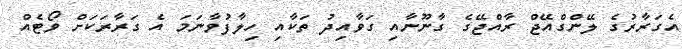
އެގަރާރުގެ ލޭންގްއޭޖް ރާއްޖޭގެ ގާނޫނާއި ގަވާއިދު ތަކާއި ހިލާފުވާނަމަ އެ ގަރާރަކަށް ވޯޓެއް